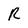
Character: R